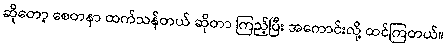
ဆိုတော့ စေတနာ ထက်သန်တယ် ဆိုတာ ကြည့်ပြီး အကောင်းလို့ ထင်ကြတယ်။